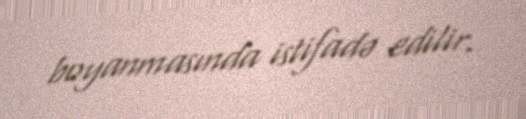
boyanmasında istifadə edilir.